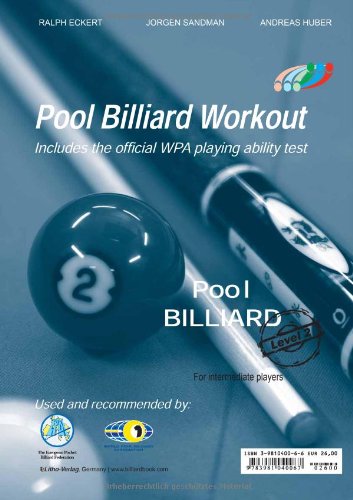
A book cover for PAT - Pool Billiard Workout: Includes the Official WPA Playing Ability Test Level 2: For Advanced Players (PAT-System Workout); Ralph Eckert; Sports & Outdoors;